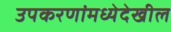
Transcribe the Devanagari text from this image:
उपकरणांमध्येदेखील